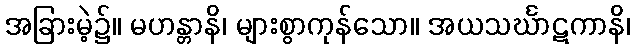
အခြားမဲ့၌။ မဟန္တာနိ၊ များစွာကုန်သော။ အယသင်္ဃာဋကာနိ၊